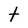
Character: t